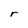
Character: r